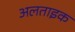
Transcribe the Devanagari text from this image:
अलताइक